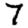
Digit: 7